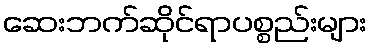
ဆေးဘက်ဆိုင်ရာပစ္စည်းများ